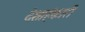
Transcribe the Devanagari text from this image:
देशाहंकारी